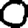
Digit: 0